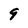
Character: 9